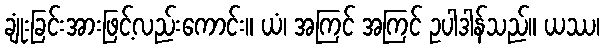
ချုံးခြင်းအားဖြင့်လည်းကောင်း။ ယံ၊ အကြင် အကြင် ဥပါဒါန်သည်။ ယဿ၊